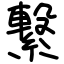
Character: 繋